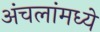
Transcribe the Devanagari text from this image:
अंचलांमध्ये